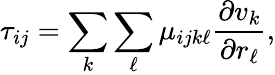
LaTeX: \tau_{ij}=\sum_{k}\sum_{\ell}\mu_{ijk\ell}{\frac{\partial v_{k}}{\partial r_{\ell}}},